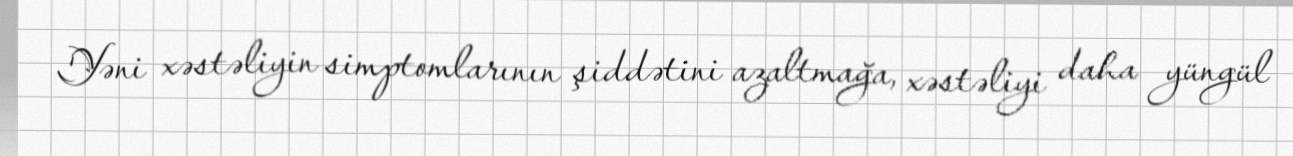
Yəni xəstəliyin simptomlarının şiddətini azaltmağa, xəstəliyi daha yüngül